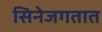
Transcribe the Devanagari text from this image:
सिनेजगतात